Vital statistics of India. Vol. IV, Annual returns from 1871 to 1876. British Army of India, Native Army and jails of Bengal
Year: 1871
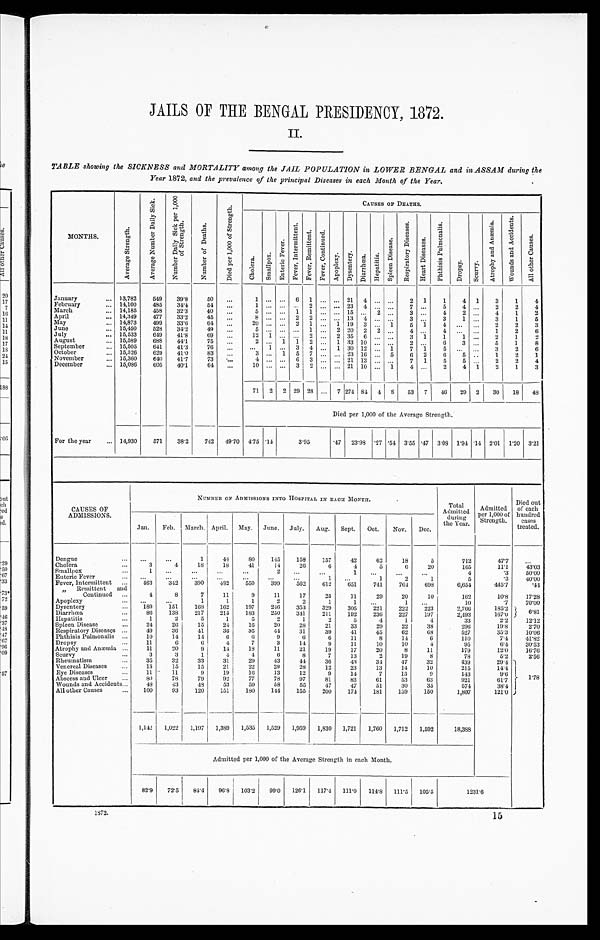
JAILS OF THE BENGAL PRESIDENCY, 1872.
II.
TABLE showing the SICKNESS and MORTALITY among the JAIL POPULATION in LOWER BENGAL and in ASSAM during the
Year 1872, and the prevalence of the principal Diseases in each Month of the Year.
MONTHS.
A v e r a g e S t r e n g t h .
A v e r a g e N u m b e r D a i l y S i c k .
N u m b e r D a i l y S i c k p e r 1 , 0 0 0 o f S t r e n g t h .
N u m b e r o f D e a t h s .
D i e d p e r 1 , 0 0 0 o f S t r e n g t h .
CAUSES OF DEATHS.
C h o l e r a .
S m a l l p o x .
E n t e r i c F e v e r .
F e v e r , I n t e r mi t t e n t .
F e v e r , R e m i t t e n t .
F e v e r , C o n t i n u e d .
Apopl exy.
D y s e n t e r y .
D i a r r h œ a .
H e p a t i t i s .
S p l e e n D i s e a s e s .
R e s p i r a t o r y D i s e a s e s .
H e a r t D i s e a s e s .
P h t h i s i s P u l m o n a l i s .
D r o p s y .
Scurvy.
A t r o p h y a n d A n æ m i a .
W o u n d s a n d A c c i d e n t s .
A l l o t h e r C a u s e s .
January . . . 13,782
549
39.8
50
. . .
1
. . . . . . 6
1
. . .
. . .
21
4
. . .
. . .
2
1
1
4 1
3
1
4
February . . . 14,100
485
34.4
54
. . .
1
. . . . . . . . .
2
. . .
. . .
2 3 4
. . .
. . .
7
. . . 5
4 . . .
2
2
4
March . . . 14,185
458
32.3
40
. . .
5
. . . . . . 1
1
. . .
. . .
1 5 . . .
2 . . .
3
. . . 4
2 . . .
4
1
2
April . . . 14,349
477
33.2
45
. . .
8
. . . . . . 2
2
. . .
. . .
1 3 4
. . .
. . .
3
. . . 3
1 . . .
3
1
5
May . . . 14,873
499
33.6
64
. . .
20
. . . . . . 2
1
. . . 1 19 3
. . . 1
5 1
4
. . . . . .
2
2
3
June . . . 15,450
528
34.2
49
. . .
5
. . . . . . . . .
1
. . .
2
2 0 2
2 . . .
4
. . .
4
. . . . . .
1
2
6
July . . . 15,533
649
41.8
69
. . .
12
1 . . . . . .
2
. . . 2 35 6
. . . . . .
3 1
1
1 . . .
2
1
2
August . . . 15,589
688
44.1
75
. . .
2
. . . 1 1
2
. . . 1 33 10
. . . . . .
2
. . .
6
3 . . .
5
1
8
September . . . 15,505
641
413
76
. . .
. . .
1 . . . 3
4
. . . 1 30 12
. . . 1
7
1
5
. . .
. . .
3
2
6
October . . . 15,326
629
41.0
83
. . .
3
. . .
1 5
7
. . . . . . 23 16
. . . 5
6
2
6
5 . . .
1
2
1
November . . . 15,360
640
41.7
73
. . .
4
. . . . . . 6
3
. . . . . . 21 13
. . . . . .
7
1
5
5 . . .
2
2
4
December . . . 15,086
605
40.1
64
. . .
10
. . . . . . 3
2
. . . . . . 21 10
. . . 1
4
. . .
2
4 1
2
1
3
71 2 2 29 28
. . . 7 274 84 4 8
53
7
46
29 2
30
18
48
Died per 1,000 of the Average Strength.
For the year . . . 14,930
571
38.2
742
49.70 4.75 .14
3.95
.47
23.98 .27 .54 3.55 .47 3.08 1.94 .14 2.01 1.20 3.21
CAUSES OF
ADMISSIONS.
NUMBER OF ADMISSIONS INTO HOSPITAL IN E A C H M O N T H .
Total
Admitted
during
the Year.
Admitted
per 1,000 of
Strength.
Died out
of each
hundred
cases
treated.
Jan.
Feb. March. April. May. June. July.
Aug.
Sept. Oct.
Nov.
Dec.
Dengue . . .
. . .
. . .
1
44
80
145
158
157
42
62
18
5
712
47.7
. . .
Cholera . . .
3
4
18
18
41
14
26
6
4
5
6
20
165
11.1
43.03
Smallpox . . .
1
. . .
. . .
. . .
. . .
2
. . .
. . .
1
. . .
. . .
. . .
4
.3
50.00
Enteric Fever . . .
. . .
. . .
. . .
. . .
. . .
. . .
. . .
1
. . .
1
2
1
5
.3
40.00
Fever, Intermittent . . .
463
342
390
482
550
399
562
612
651
741
764
698
6,654
445.7
.44
" R e m i t t e n t a n d
C o n t i n u e d . . .
4
8
7
11
9
11
17
25
11
29
20
10
162
10.8
17.28
Apoplexy . . .
. . .
. . .
1
1
1
2
2
1
1
. . .
1
. . .
10
.7
70.00
Dysentery . . .
189
151
168
162
197
246
353
329
305
221
222
223
2 , 7 6 6
185.2 6 . 8 1
Diarrhœa . . .
86
138
217
215
183
250
34]
211
192
236
227
197
2,493
167.0
Hepatitis . . .
1
2
5
1
5
2
1
2
5
4
1
4
33
2.2
12.12
Spleen Disease . . .
24
26
15
24
16
20
28
21
33
29
22
38
296
19.8
2.70
Respiratory Diseases . . .
49
36
41
36
35
44
31
39
41
45
62
68
527
35.3
10.06
Phthisis Pulmonalis . . .
10
14
14
6
6
9
6
6
11
8
14
6
110
7.4
41.82
Dropsy . . .
11
6
6
4
7
3
14
9
11
10
10
4
95
6.4
30.53
Atrophy and Anæmia . . .
11
20
9
14
18
11
21
19
17
20
8
11
179
12.0
16.76
Scurvy . . .
3
3
1
4
4
6
8
7
13
2
19
8
78
5.2
2.56
Rheumatism . . .
35
32
33
31
29
43
44
36
43
34
47
32
439
29.4
1.78
Venereal Diseases . . .
13
15
15
21
22
29
28
12
23
13
14
10
215
14.4
Eye Diseases . . .
11
11
9
19
16
13
12
9
14
7
13
9
143
9.6
Abscess and Ulcer . . .
80
78
79
92
77
78
97
81
82
61
53
63
921
61.7
Wounds and Accidents . . .
48
43
4 8
53
59
58
55
47
47
51
30
35
574
38.4
All other Causes . . .
100
93
120
151
180
144
155
200
174
181
159
150
1,807
121.0
1,142
1,022
1,197
1,389
1,535
1,529
1,959
1,830
1,721
1,760
1,712
1,592
18,388
Admitted per 1,000 of the Average Strength in each Month.
82.9
72.5
84.4
96.8
103.2
99.0
126.1
117.4 111.0
114.8
111.5
105.5
1231.6
1872.
15